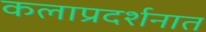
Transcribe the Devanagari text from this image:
कलाप्रदर्शनात